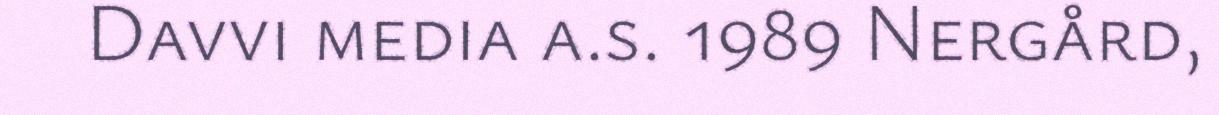
Davvi media a.s. 1989 Nergård,